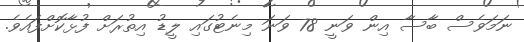
ނަމަވެސް ބާސާ އިން ވަނީ 78 ވަނަ މިނެޓުގައި ލީޑު އިތުރަށް ފުޅާކޮށްފައެވެ.